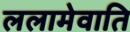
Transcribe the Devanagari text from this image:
ललामेवाति